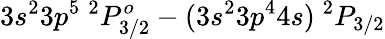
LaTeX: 3s^{2}3p^{5}~^{2}P_{3/2}^{o}-(3s^{2}3p^{4}4s)~^{2}P_{3/2}